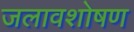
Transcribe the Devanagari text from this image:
जलावशोषण